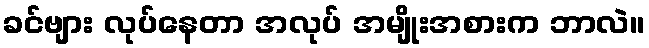
ခင်ဗျား လုပ်နေတာ အလုပ် အမျိုးအစားက ဘာလဲ။